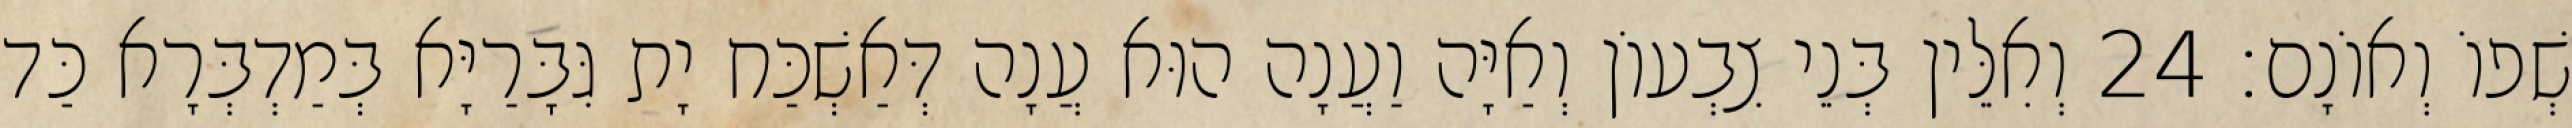
שְׁפוֹ וְאוֹנָם׃ 24 וְאִלֵּין בְּנֵי צִבְעוֹן וְאַיָּה וַעֲנָה הוּא עֲנָה דְּאַשְׁכַּח יָת גִּבָּרַיָּא בְּמַדְבְּרָא כַּד